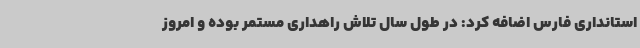
استانداری فارس اضافه کرد: در طول سال تلاش راهداری مستمر بوده و امروز